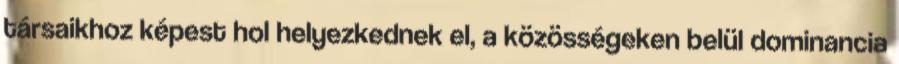
társaikhoz képest hol helyezkednek el, a közösségeken belül dominancia